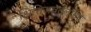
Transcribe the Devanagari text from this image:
क्षितिजवर्तुलासह